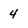
Character: 4